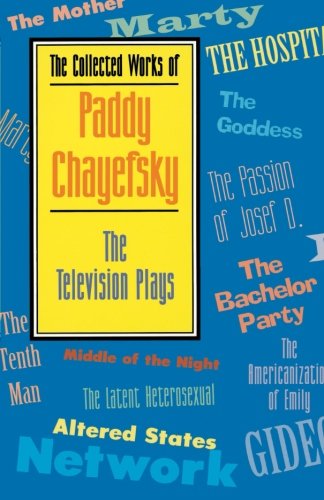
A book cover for The Collected Works of Paddy Chayefsky: The Television Plays; Paddy Chayefsky; Humor & Entertainment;